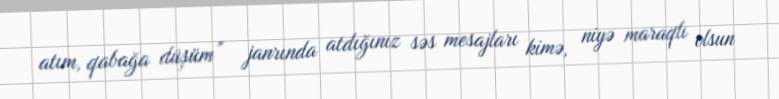
atım, qabağa düşüm” janrında atdığınız səs mesajları kimə, niyə maraqlı olsun